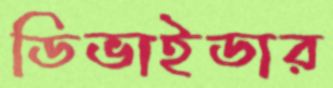
ডিভাইডার